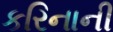
કરિનાની